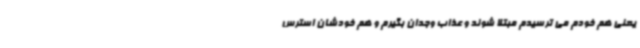
یعنی هم خودم می ترسیدم مبتلا شوند و عذاب وجدان بگیرم و هم خودشان استرس